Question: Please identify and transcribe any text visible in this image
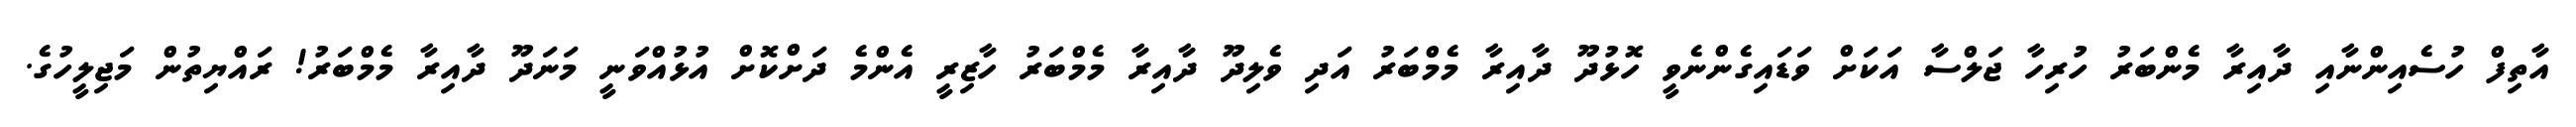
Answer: އާތިފް ހުސެއިންނާއި ދާއިރާ މެންބަރު ހުރިހާ ޖަލްސާ އަކަށް ވަޑައިގެންނެވީ ހޮޅުދޫ ދާއިރާ މެމްބަރު އަދި ވެލިދޫ ދާއިރާ މެމްބަރު ހާޒިރީ އެންމެ ދަށްކޮށް އުޅުއްވަނީ މަނަދޫ ދާއިރާ މެމްބަރު! ރައްޔިތުން މަޖިލީހުގެ.